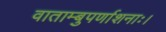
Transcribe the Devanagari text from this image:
वाताम्बुपर्णाशनाः।